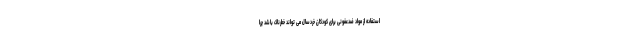
استفاده از مواد ضدعفونی برای کودکان خردسال می تواند خطرناک باشد چرا